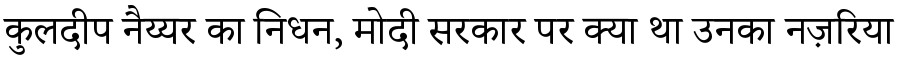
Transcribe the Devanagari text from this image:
कुलदीप नैय्यर का निधन, मोदी सरकार पर क्या था उनका नज़रिया